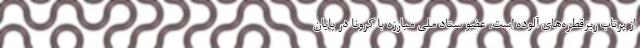
از پرتاب ریزقطره‌های آلوده است. عضو ستاد ملی مبارزه با کرونا در پایان